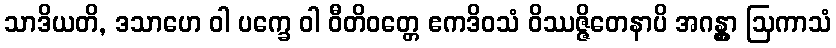
သာဒိယတိ, ဒသာဟေ ဝါ ပက္ခေ ဝါ ဝီတိဝတ္တေ ဧကဒိဝသံ ဝိဿဇ္ဇိတေနာပိ အဂန္တွာ ဩကာသံ